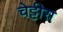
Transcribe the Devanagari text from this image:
चेट्टीस